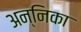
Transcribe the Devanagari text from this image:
अन्निका